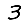
Digit: 3